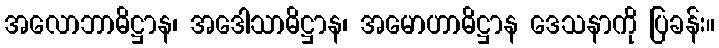
အလောဘာဓိဋ္ဌာန၊ အဒေါသာဓိဋ္ဌာန၊ အမောဟာဓိဋ္ဌာန ဒေသနာကို ပြခန်း။